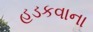
હડકવાના